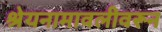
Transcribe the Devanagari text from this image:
श्रेयनामावलीवरून